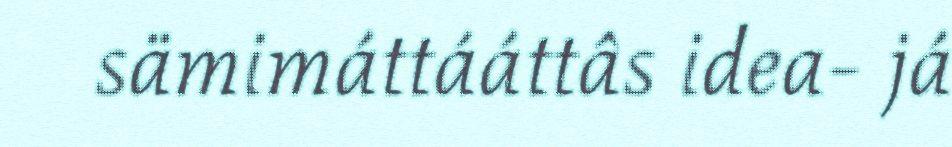
sämimáttááttâs idea- já